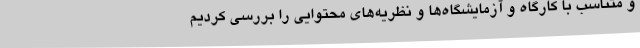
و متناسب با کارگاه و آزمایشگاه‌ها و نظریه‌های محتوایی را بررسی کردیم